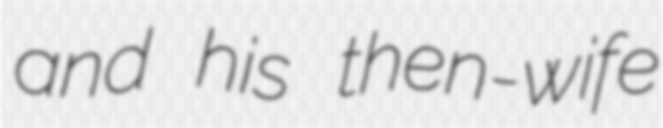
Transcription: and his then-wife